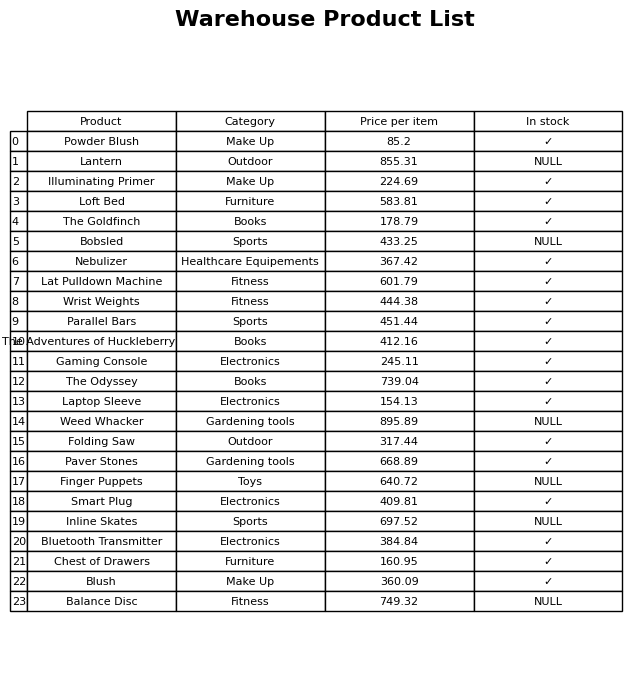
question: What is the price for Nebulizer?
answer: The price of Nebulizer is 367.42.